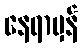
နေရာမှန်